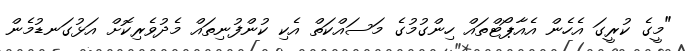
"މީގެ ކުރީގަ އެހެން އެއާޕޯޓްތައް ހިންގުމުގެ މަސައްކަތް އެކި ކުންފުނިތައް މެދުވެރިކޮށް އަޅުގަނޑުމެން